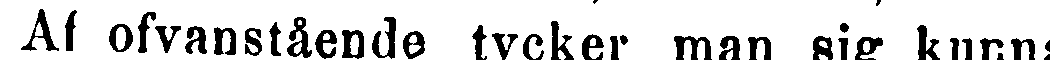
Af ofvanstående tycker man sig kunna